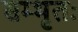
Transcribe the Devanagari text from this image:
सम्भृतः